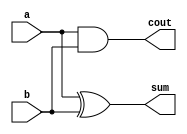
module hadder(a, b, cout, sum); // half adder
	input a, b;
	output cout, sum;
	
	xor s(sum, a, b);
	and c(cout, a, b);
	
endmodule